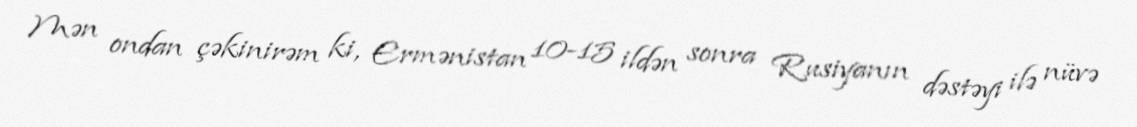
Mən ondan çəkinirəm ki, Ermənistan 10-15 ildən sonra Rusiyanın dəstəyi ilə nüvə